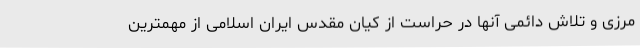
مرزی و تلاش دائمی آنها در حراست از کیان مقدس ایران اسلامی از مهمترین